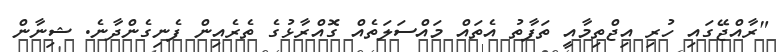
"ރާއްޖޭގައި ހުރި އިޖްތިމާއީ ތަފާތު އެތައް މައްސަލަތެއް ގޮއްރާޅުގެ ތެރެއިން ފެނިގެންދާނެ. ޝިނާން